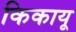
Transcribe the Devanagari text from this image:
किकायू